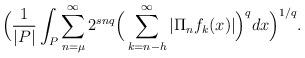
LaTeX: \begin{align*}{\Big( \frac{1}{|P|}\int_P{ \sum_{n=\mu}^{\infty}{2^{snq}\Big( \sum_{k=n-h}^{\infty}{|\Pi_n f_k(x)|} \Big)^q} }dx \Big)^{1/q}}.\end{align*}